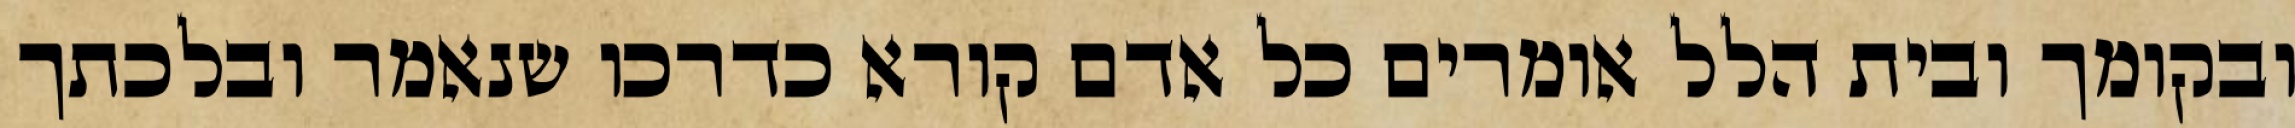
ובקומך ובית הלל אומרים כל אדם קורא כדרכו שנאמר ובלכתך